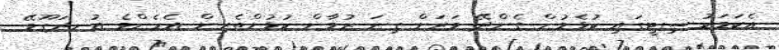
އެކަމަކު ސިޓީގައި ކުޅެމުން ގެންދޭ ވަރަށް ގިނަ ޒުވާން ކުޅުންތެރިން އެހެންވެ އުނދަގޫވޭ